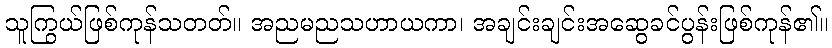
သူကြွယ်ဖြစ်ကုန်သတတ်။ အညမညသဟာယကာ၊ အချင်းချင်းအဆွေခင်ပွန်းဖြစ်ကုန်၏။